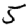
Digit: 5